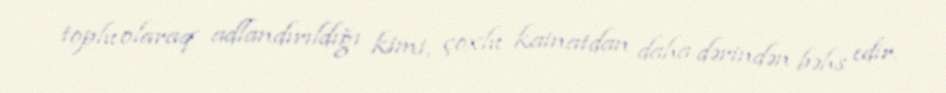
toplu olaraq adlandırıldığı kimi, çoxlu kainatdan daha dərindən bəhs edir.